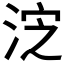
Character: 𰛸